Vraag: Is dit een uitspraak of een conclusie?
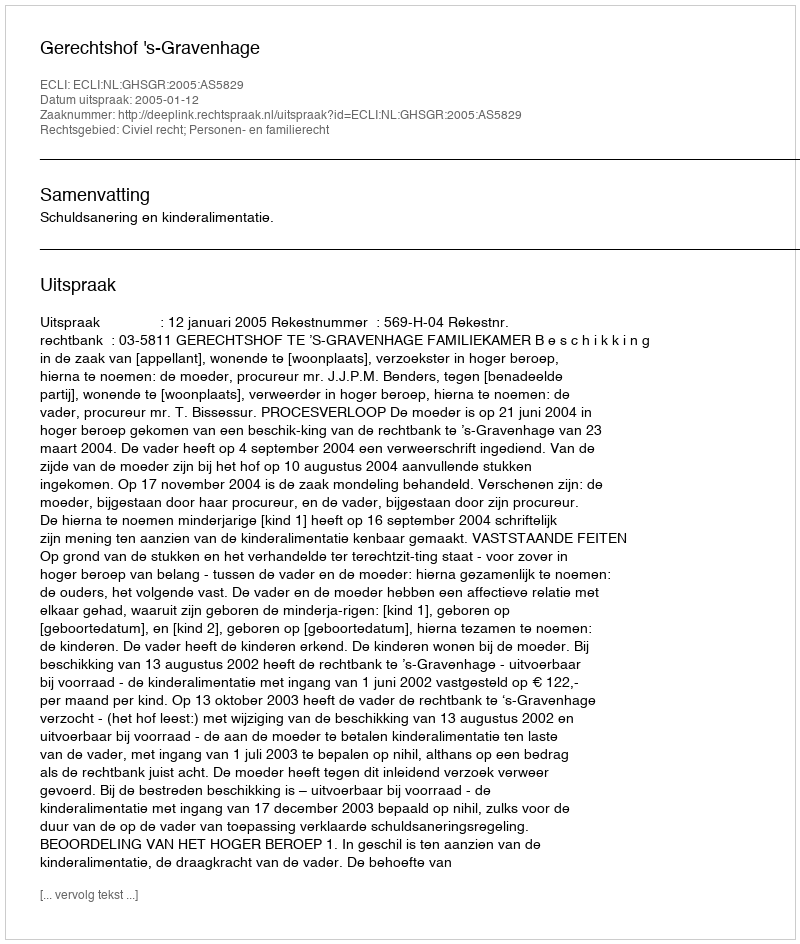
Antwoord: Uitspraak